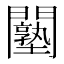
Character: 𨷙